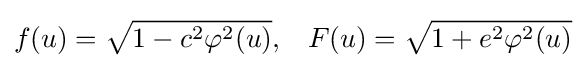
f(u)={\sqrt {1-c^{2}\varphi ^{2}(u)}},\;\;\;F(u)={\sqrt {1+e^{2}\varphi ^{2}(u)}}